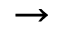
\to